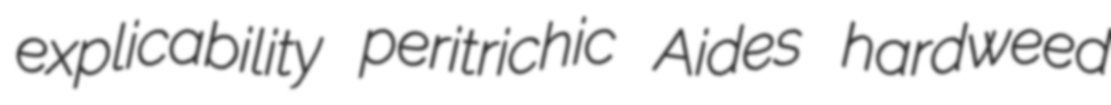
explicability peritrichic Aides hardweed